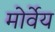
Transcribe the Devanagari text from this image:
मोर्वेय